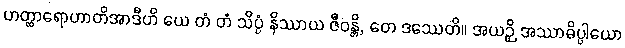
ဟတ္ထာရောဟာတိအာဒီဟိ ယေ တံ တံ သိပ္ပံ နိဿာယ ဇီဝန္တိ, တေ ဒဿေတိ။ အယဉှိ အဿာဓိပ္ပါယော